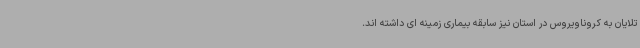
تلایان به کروناویروس در استان نیز سابقه بیماری زمینه ای داشته اند.